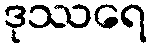
ဒုဿရေ